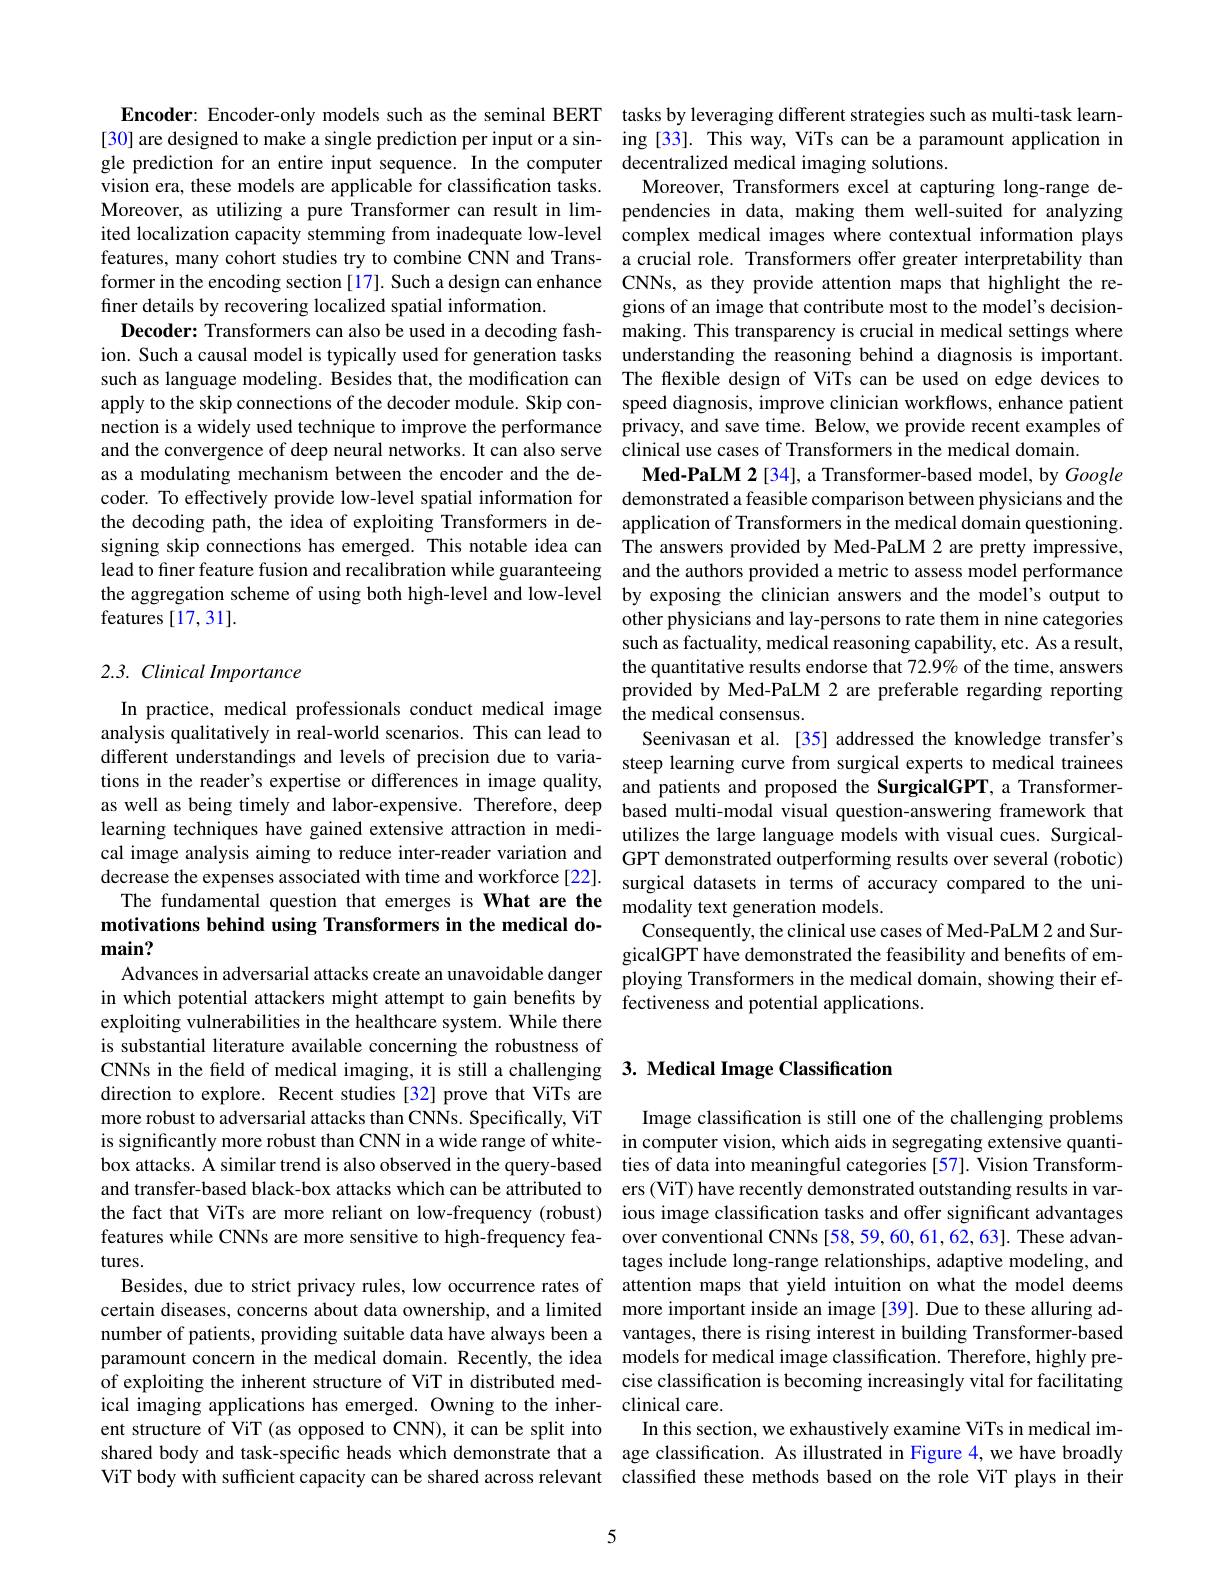
Encoder: Encoder-only models such as the seminal BERT tasks by leveraging different strategies such as multi-task learn-
[30] are designed to make a single prediction per input or a single prediction for an entire input sequence. In the computer vision era, these models are applicable for classification tasks. Moreover, as utilizing a pure Transformer can result in lim- pendencies in data, making them well-suited for analyzing ited localization capacity stemming from inadequate low-level complex medical images where contextual information plays features, many cohort studies try to combine CNN and Trans- a crucial role. Transformers offer greater interpretability than former in the encoding section [17]. Such a design can enhance CNNs, as they provide attention maps that highlight the refiner details by recovering localized spatial information.
Decoder: Transformers can also be used in a decoding fash- making. This transparency is crucial in medical settings where ion. Such a causal model is typically used for generation tasks understanding the reasoning behind a diagnosis is important. such as language modeling. Besides that, the modification can The flexible design of ViTs can be used on edge devices to apply to the skip connections of the decoder module. Skip con- speed diagnosis, improve clinician workflows, enhance patient nection is a widely used technique to improve the performance privacy, and save time. Below, we provide recent examples of and the convergence of deep neural networks. It can also serve clinical use cases of Transformers in the medical domain.
as a modulating mechanism between the encoder and the de-
coder. To effectively provide low-level spatial information for demonstrated a feasible comparison between physicians and the the decoding path, the idea of exploiting Transformers in de- application of Transformers in the medical domain questioning. signing skip connections has emerged. This notable idea can The answers provided by Med-PaLM 2 are pretty impressive, lead to finer feature fusion and recalibration while guaranteeing and the authors provided a metric to assess model performance the aggregation scheme of using both high-level and low-level by exposing the clinician answers and the model's output to features [17,31].

## 2.3. Clinical Importance

analysis qualitatively in real-world scenarios. This can lead to motivations behind using Transformers in the medical do-

main?

exploiting vulnerabilities in the healthcare system. While there is substantial literature available concerning the robustness of direction to explore. Recent studies [32] prove that ViTs are more robust to adversarial attacks than CNNs. Specifically, ViT is significantly more robust than CNN in a wide range of white- in computer vision, which aids in segregating extensive quantibox attacks. A similar trend is also observed in the query-based ties of data into meaningful categories[57]. Vision Transformand transfer-based black-box attacks which can be attributed to ers (ViT) have recently demonstrated outstanding results in varthe fact that ViTs are more reliant on low-frequency (robust) ious image classification tasks and offer significant advantages features while CNNs are more sensitive to high-frequency fea- over conventional CNNs [58,59,60,61,62,63]. These advantures.
Besides, due to strict privacy rules, low occurrence rates of attention maps that yield intuition on what the model deems certain diseases, concerns about data ownership, and a limited more important inside an image[39]. Due to these alluring adnumber of patients, providing suitable data have always been a vantages, there is rising interest in building Transformer-based paramount concern in the medical domain. Recently, the idea models for medical image classification. Therefore, highly preof exploiting the inherent structure of ViT in distributed med- cise classification is becoming increasingly vital for facilitating ical imaging applications has emerged. Owning to the inher- clinical care.
ent structure of ViT (as opposed to CNN), it can be split into
shared body and task-specific heads which demonstrate that a age classification. As illustrated in Figure 4,we have broadly ViT body with sufficient capacity can be shared across relevant classified these methods based on the role ViT plays in their

5

ing [33]. This way, ViTs can be a paramount application in
decentralized medical imaging solutions.
Moreover, Transformers excel at capturing long-range degions of an image that contribute most to the model's decisionMed-PaLM 2[34], a Transformer-based model, by Google other physicians and lay-persons to rate them in nine categories such as factuality, medical reasoning capability, etc. As a result, the quantitative results endorse that 72.9% of the time, answers provided by Med-PaLM 2 are preferable regarding reporting
In practice, medical professionals conduct medical image the medical consensus.
Seenivasan et al. [35] addressed the knowledge transfer's
different understandings and levels of precision due to varia- steep learning curve from surgical experts to medical trainees tions in the reader's expertise or differences in image quality, and patients and proposed the SurgicalGPT, a Transformer- $a$ as well as being timely and labor-expensive. Therefore, deep based multi-modal visual question-answering framework that learning techniques have gained extensive attraction in medi- utilizes the large language models with visual cues. Surgicalcal image analysis aiming to reduce inter-reader variation and GPT demonstrated outperforming results over several (robotic) decrease the expenses associated with time and workforce[22]. surgical datasets in terms of accuracy compared to the uniThe fundamental question that emerges is What are the modality text generation models.
Consequently, the clinical use cases of Med-PaLM 2 and SurgicalGPT have demonstrated the feasibility and benefits of em-
Advances in adversarial attacks create an unavoidable danger ploying Transformers in the medical domain, showing their ef-
in which potential attackers might attempt to gain benefits by fectiveness and potential applications.

## CNNs in the field of medical imaging, it is still a challenging 3. Medical Image Classification

Image classification is still one of the challenging problems tages include long-range relationships, adaptive modeling, and
In this section, we exhaustively examine ViTs in medical im-